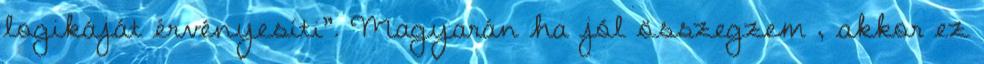
logikáját érvényesíti”. Magyarán ha jól összegzem , akkor ez